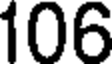
106